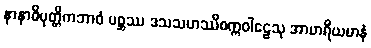
နာနာဓိမုတ္တိကဘာဝံ မစ္ဆဿ ဒသသဟဿိစက္ကဝါဠေသု အာဟရိယမာနံ